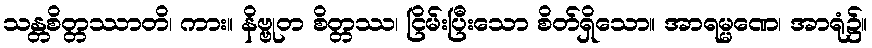
သန္တစိတ္တဿာတိ၊ ကား။ နိဗ္ဗုတ စိတ္တဿ၊ ငြိမ်းပြီးသော စိတ်ရှိသော။ အာရမ္မဏေ၊ အာရုံ၌။